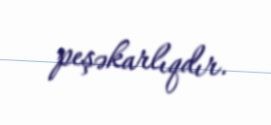
peşəkarlıqdır.